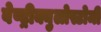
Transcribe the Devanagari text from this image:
वेण्ट्रीक्युलोस्टोमी